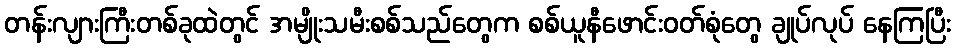
တန်းလျားကြီးတစ်ခုထဲတွင် အမျိုးသမီးစစ်သည်တွေက စစ်ယူနီဖောင်းဝတ်စုံတွေ ချုပ်လုပ် နေကြပြီး